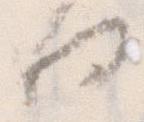
由